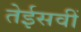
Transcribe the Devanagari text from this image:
तेईसवीं